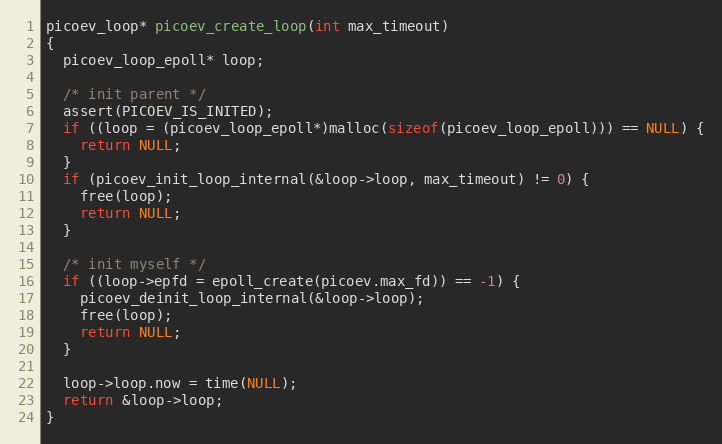
Language: C
picoev_loop* picoev_create_loop(int max_timeout)
{
  picoev_loop_epoll* loop;

  /* init parent */
  assert(PICOEV_IS_INITED);
  if ((loop = (picoev_loop_epoll*)malloc(sizeof(picoev_loop_epoll))) == NULL) {
    return NULL;
  }
  if (picoev_init_loop_internal(&loop->loop, max_timeout) != 0) {
    free(loop);
    return NULL;
  }

  /* init myself */
  if ((loop->epfd = epoll_create(picoev.max_fd)) == -1) {
    picoev_deinit_loop_internal(&loop->loop);
    free(loop);
    return NULL;
  }

  loop->loop.now = time(NULL);
  return &loop->loop;
}